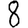
Digit: 8